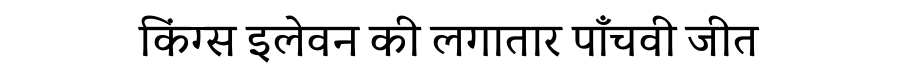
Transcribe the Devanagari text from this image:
किंग्स इलेवन की लगातार पाँचवी जीत